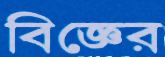
বিজ্ঞের